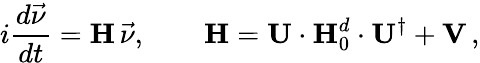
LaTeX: i\frac{d\vec{\nu}}{dt}={\mathbf H}\, \vec{\nu},\qquad{\mathbf H}={\mathbf U}\cdot{\mathbf H}_{0}^{d}\cdot{\mathbf U}^{\dagger}+{\mathbf V}\, ,